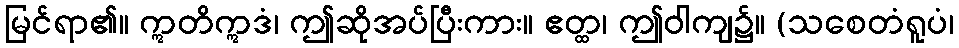
မြင်ရာ၏။ ဣတိဣဒံ၊ ဤဆိုအပ်ပြီးကား။ ဧတ္ထ၊ ဤဝါကျ၌။ (သစေတံရူပံ၊